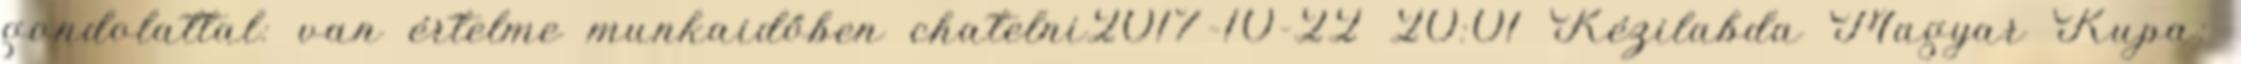
gondolattal: van értelme munkaidőben chatelni2017-10-22 20:01 Kézilabda Magyar Kupa: